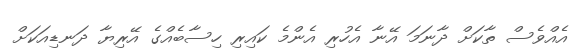
އެއްވެސް ތާކަށް ދާނަމަ އޭނާ އެހުރި އެންމެ ކައިރި ހިސާބެއްގެ އޭރިޔާ ދަނޑިއަކަށް